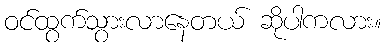
ဝင်ထွက်သွားလာနေတယ် ဆိုပါကလား။